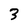
Character: 3